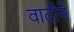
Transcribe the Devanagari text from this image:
वादीने